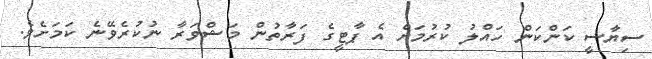
ސިޔާސީ ކަންކަން ހައްލު ކުރުމަށް އެ ޕާޓީގެ ފަރާތުން މަޝްވަރާ ނުކުރެވޭނެ ކަމަށެވެ.